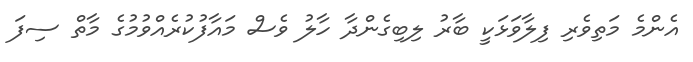
އެންމެ މަތިވެރި ފިލާވަޅަކީ ބާރު ލިބިގެންދާ ހާލު ވެސް މައާފުކުރެއްވުމުގެ މާތް ސިފަ